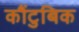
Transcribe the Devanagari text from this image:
कौंटुबिक